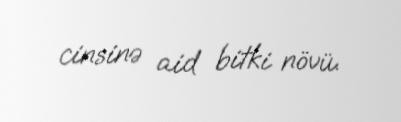
cinsinə aid bitki növü.